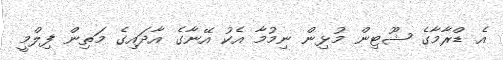
އެ ޑްރާމާގެ ޝޫޓިން މުޅިން ނިމުމާ އެކު އޭނާގެ އާދައިގެ މަތިން ފިލްމީ